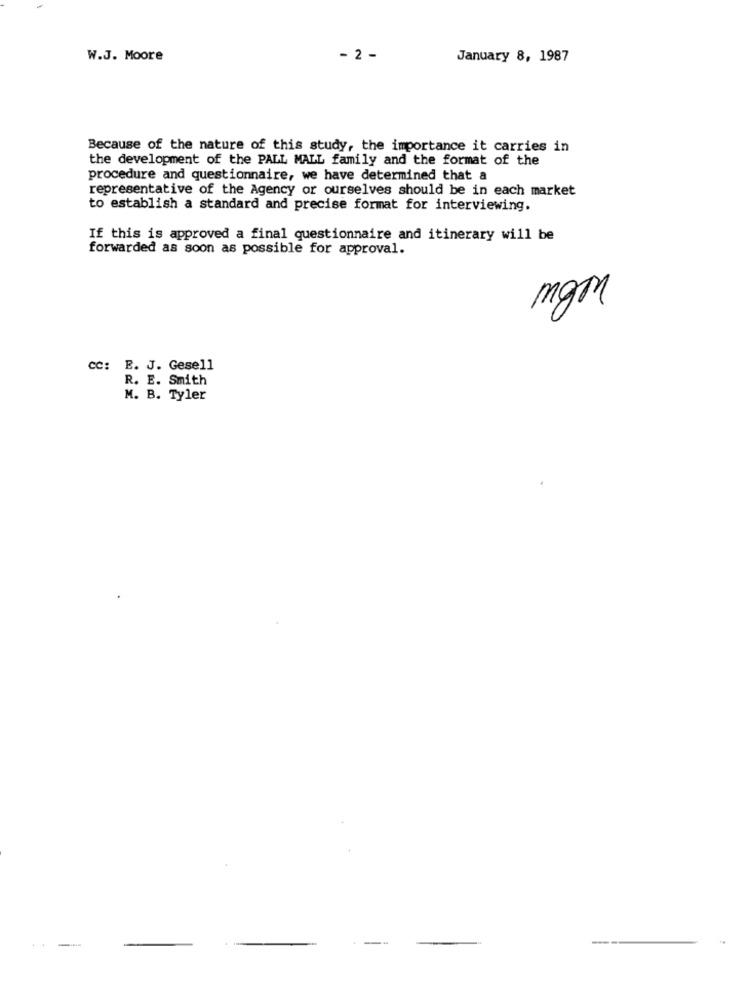
W.J. Moore
- 2 -
January 8, 1987
Because of the nature of this study, the importance it carries in
the development of the PALL MALL family and the format of the
procedure and questionnaire, we have determined that a
representative of the Agency or ourselves should be in each market
to establish a standard and precise format for interviewing.
If this is approved a final questionnaire and itinerary will be
forwarded as soon as possible for approval.
CC: E. J. Gesell
R. E. Smith
M. B. Tyler